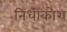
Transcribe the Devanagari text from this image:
निधीकोश